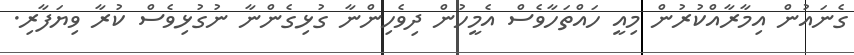
ގެނައުން އިމާރާއްކުރުން މިއީ ހައްތަހާވެސް އެމީހުން ދިވެހިންނާ ގުޅިގެންނާ ނުގުޅިވެސް ކުރާ ވިޔަފާރި.